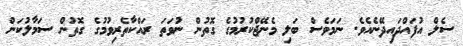
ސެލް އުފައްދައިދޭނެއެވެ. ނަމަވެސް ބަލި މެނޭޖްކުރުމުގެ ގޮތުން ނުވަތަ ރައްކާތެރިވުމުގެ ގޮތުން ސަމާލުކަން